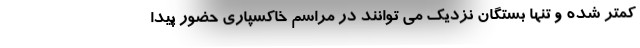
کمتر شده و تنها بستگان نزدیک می توانند در مراسم خاکسپاری حضور پیدا